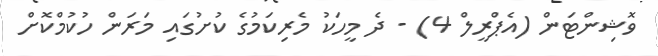
ވޮޝިންޓަން (އެޕްރީލް 4) - ދެ މީހަކު މެރިކަމުގެ ކުށުގައި މަރަން ހުކުމްކޮށް